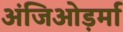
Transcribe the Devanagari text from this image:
अंजिओड़र्मा